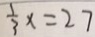
\frac { 1 } { 3 } x = 2 7